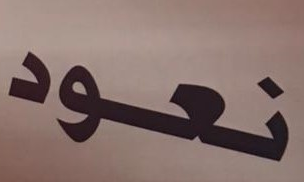
نعود